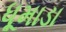
ધૂમાડા